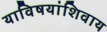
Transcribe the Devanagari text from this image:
याविषयांशिवाय